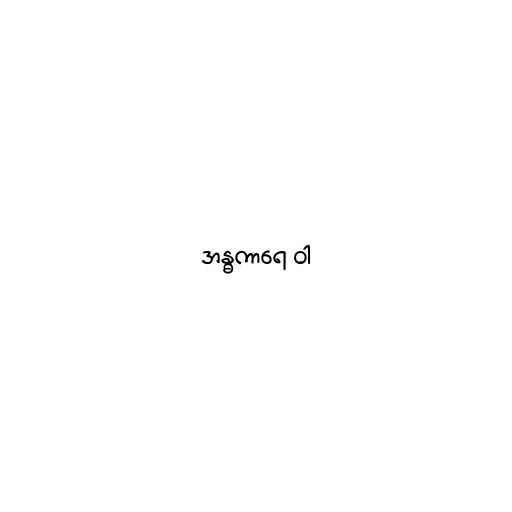
အန္ဓကာရေ ဝါ